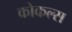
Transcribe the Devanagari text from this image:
कोकल्स